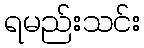
ရမည်းသင်း